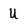
Character: U